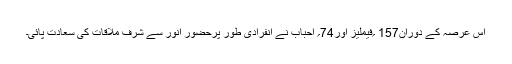
اس عرصہ کے دوران157 ؍فیملیز اور74؍ احباب نے انفرادی طور پرحضورِ انور سے شرفِ ملاقات کی سعادت پائی۔